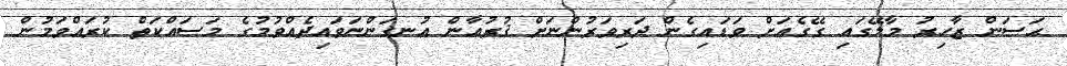
ޙަސަން ޒާހިރު މާލޭގައި ގޭގެއަށް ވަޑައިގެން ދަރިވަރުންނަށް ޤުރުއާން އުނގަންނަވައިދެއްވުމުގެ މަސައްކަތް ކުރައްވަމުން